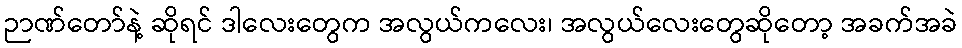
ဉာဏ်တော်နဲ့ ဆိုရင် ဒါလေးတွေက အလွယ်ကလေး၊ အလွယ်လေးတွေဆိုတော့ အခက်အခဲ